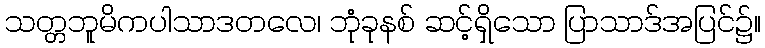
သတ္တဘူမိကပါသာဒတလေ၊ ဘုံခုနစ် ဆင့်ရှိသော ပြာသာဒ်အပြင်၌။